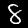
Digit: 8